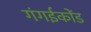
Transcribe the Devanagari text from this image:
गंगईकोंड